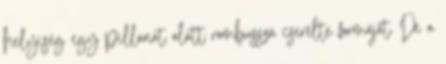
helyiség egy pillanat alatt rombusszá cserélte formáját. De a